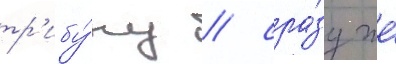
тр'ибу́ну / сра́зу же́